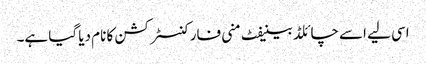
اسی لیے اسے چائلڈ بینیفٹ منی فار کنسٹرکشن کا نام دیا گیا ہے۔